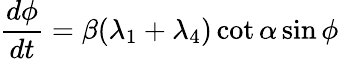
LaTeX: \frac{d\phi}{dt}=\beta(\lambda_{1}+\lambda_{4})\cot\alpha\sin\phi